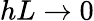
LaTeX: hL\to 0